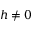
h \neq 0